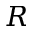
R